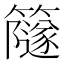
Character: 𥶼